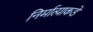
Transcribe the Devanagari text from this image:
निर्मात्याकडे